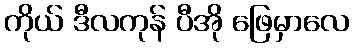
ကိုယ် ဒီလကုန် ပီအို ဖြေမှာလေ